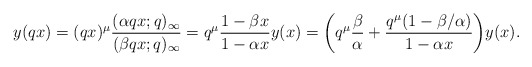
\begin{align*}& y(qx) = (qx)^{\mu} \frac{(\alpha qx;q)_{\infty}}{(\beta qx;q)_{\infty}} = q^{\mu}\frac{1-\beta x}{1-\alpha x} y(x) = \bigg( q^{\mu}\frac{\beta}{\alpha}+\frac{q^{\mu}(1-\beta /\alpha)}{1-\alpha x}\bigg) y(x) .\end{align*}